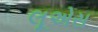
લૂએસ